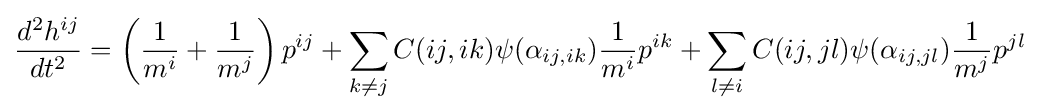
{d^{2}h^{ij} \over dt^{2}}=\left({1 \over m^{i}}+{1 \over m^{j}}\right)p^{ij}+\sum _{k\neq j}C(ij,ik)\psi (\alpha _{ij,ik}){1 \over m^{i}}p^{ik}+\sum _{l\neq i}C(ij,jl)\psi (\alpha _{ij,jl}){1 \over m^{j}}p^{jl}